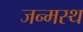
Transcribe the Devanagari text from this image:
जन्मस्थ